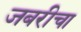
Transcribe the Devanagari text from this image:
जबरीचा